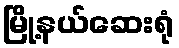
မြို့နယ်ဆေးရုံ